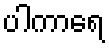
ပါကာရေ